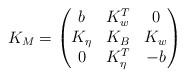
LaTeX: \begin{align*}K_M = \begin{pmatrix} b & K_w^T & 0\\ K_{\eta} & K_B & K_w\\ 0 & K_\eta^T & -b\end{pmatrix}\end{align*}